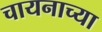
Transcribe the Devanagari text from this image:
चायनाच्या